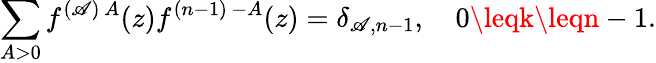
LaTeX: \sum_{A>0}f^{(\mathscr{A})\, A}(z)f^{(n-1)\, -A}(z)=\delta_{\mathscr{A},n-1},\quad0\leqk\leqn-1.